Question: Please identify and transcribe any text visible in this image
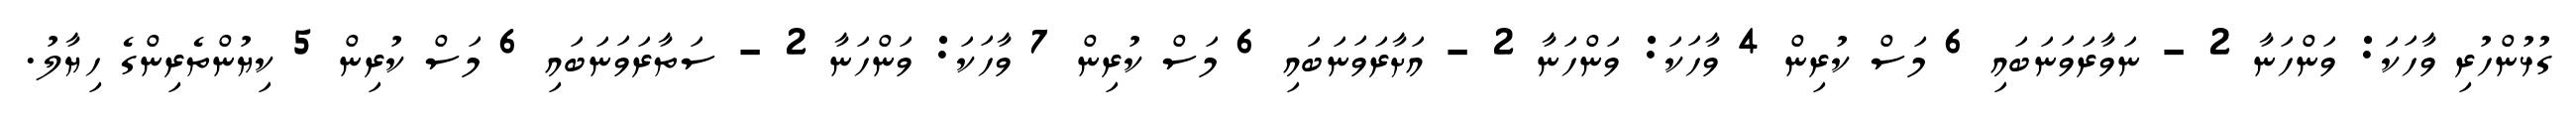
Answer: ގުޅުންހުރި ވާހަކަ: ވަންހަނާ 2 - ނަވާރަވަނަބައި 6 މަސް ކުރިން 4 ވާހަކަ: ވަންހަނާ 2 - އަށާރަވަނަބައި 6 މަސް ކުރިން 7 ވާހަކަ: ވަންހަނާ 2 - ސަތާރަވަނަބައި 6 މަސް ކުރިން 5 ކިޔުންތެރިންގެ ހިޔާލު.